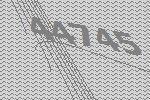
44745